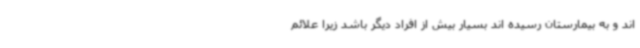
اند و به بیمارستان رسیده اند بسیار بیش از افراد دیگر باشد زیرا علائم